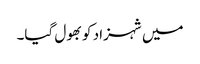
میں شہزاد کو بھول گیا۔